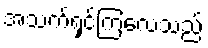
အသက်ရှင်ကြလေသည်